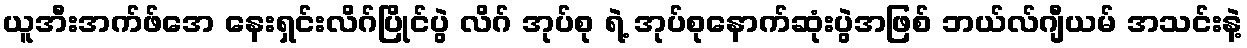
ယူအီးအက်ဖ်အေ နေးရှင်းလိဂ်ပြိုင်ပွဲ လိဂ် အုပ်စု ရဲ့ အုပ်စုနောက်ဆုံးပွဲအဖြစ် ဘယ်လ်ဂျီယမ် အသင်းနဲ့